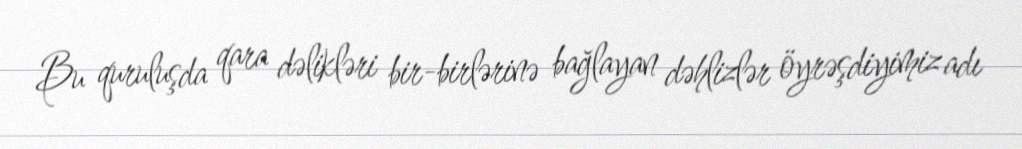
Bu quruluşda qara dəlikləri bir-birlərinə bağlayan dəhlizlər öyrəşdiyimiz adı